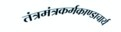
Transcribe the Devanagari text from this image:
तंत्रमंत्रकर्मकाण्डाचार्य